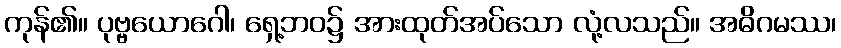
ကုန်၏။ ပုဗ္ဗယောဂေါ၊ ရှေ့ဘဝ၌ အားထုတ်အပ်သော လုံ့လသည်။ အဓိဂမဿ၊